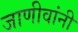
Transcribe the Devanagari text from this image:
जाणीवांनी